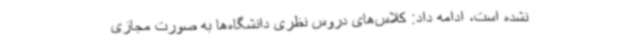
نشده است، ادامه داد: کلاس‌های دروس نظری دانشگاه‌ها به صورت مجازی